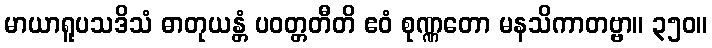
မာယာရူပသဒိသံ ဓာတုယန္တံ ပဝတ္တတီတိ ဧဝံ စုဏ္ဏတော မနသိကာတဗ္ဗာ။ ၃၅၀။